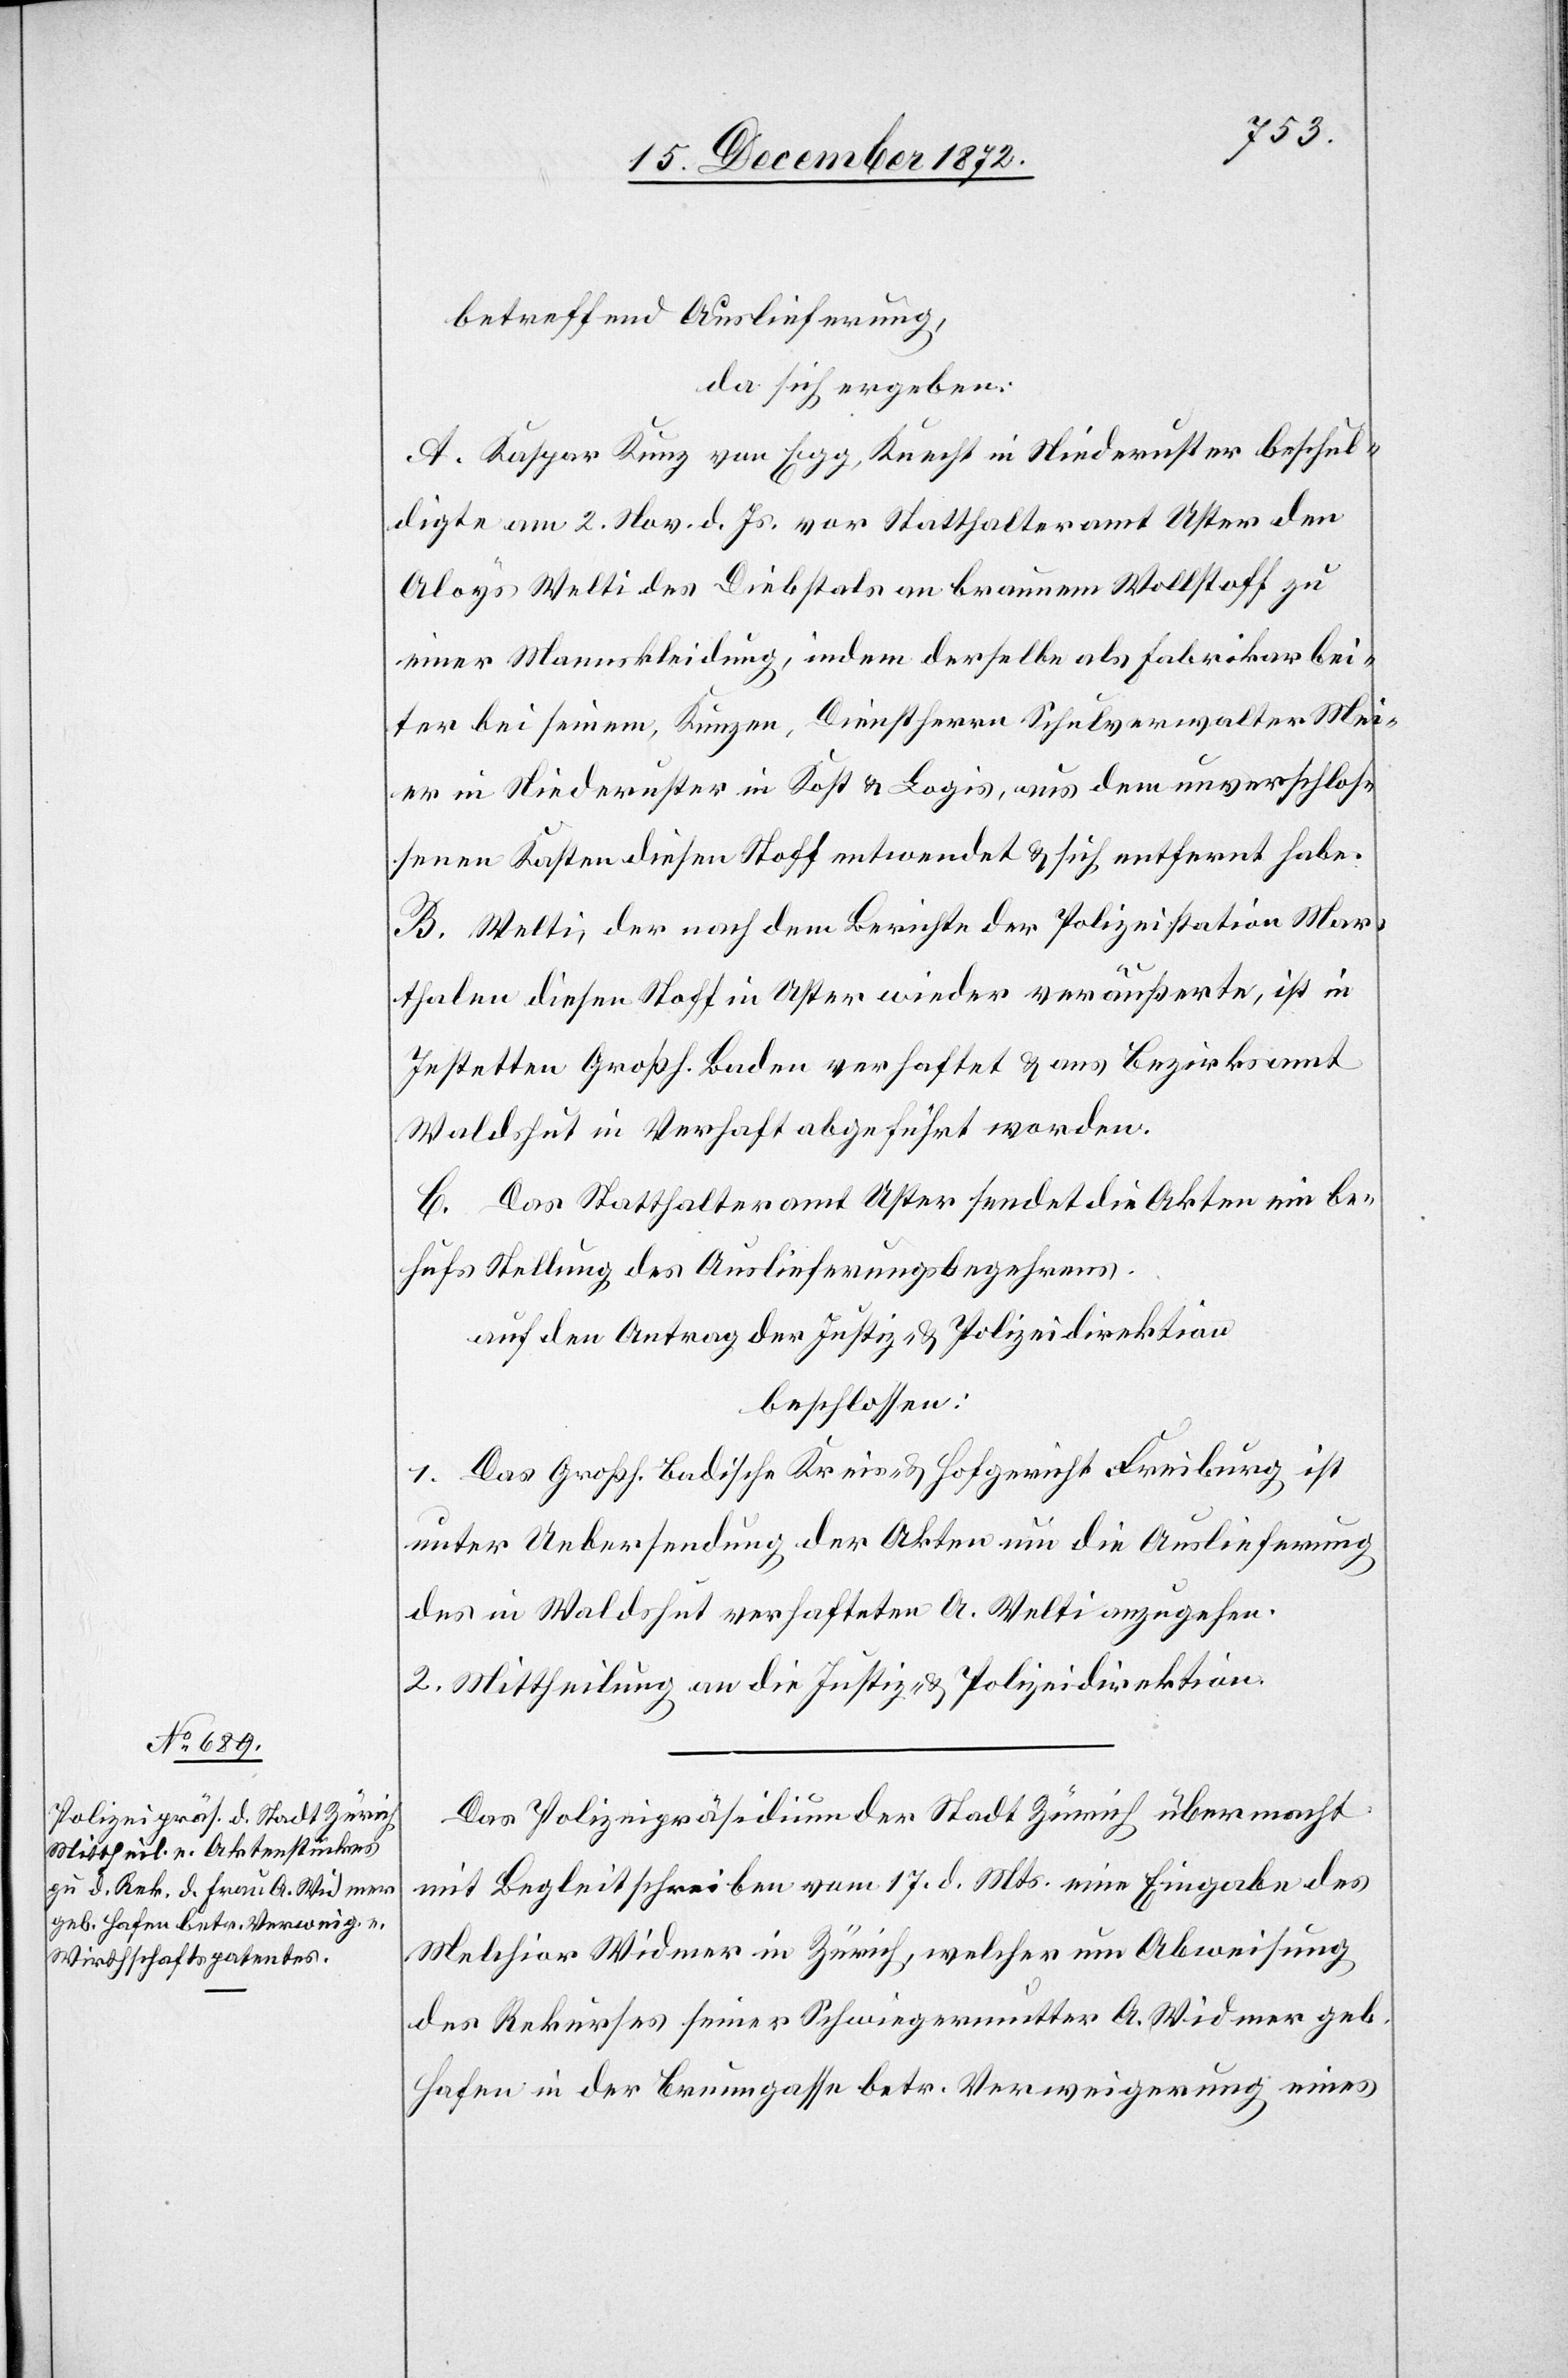
19. December 1872.]
betreffend Auslieferung,
da sich ergeben:
A. Kaspar Kunz von Egg, Knecht in Niederuster beschul¬
digte am 2. Nov. d. Js. vor Statthalteramt Uster den
Aloys Welti des Diebstals an braunem Wollstoff zu
einer Mannskleidung, indem derselbe als Fabrikarbei¬
ter bei seinem, Kunzen, Dienstherrn Schulverwalter Mei¬
er in Niederuster in Kost u. Logis, aus dem unverschlos¬
senen Kosten diesen Stoff entwendet u. sich entfernt habe.
B. Welti, der nach dem Berichte der Polizeistation Mar¬
thalen diesen Stoff in Uster wieder veräußerte, ist in
Jestetten Großh. Baden verhaftet u. aus Bezirksamt
Waldshut in Verhaft abgeführt worden.
C. Das Statthalteramt Uster sendet die Akten ein be¬
hufs Stellung des Auslieferungsbegehrens.
auf den Antrag der Justiz- u. Polizeidirektion
beschlossen:
1. Das Großh. badische Kreis- u. Hofgericht Freiburg ist
unter Uebersendung der Akten um die Auslieferung
des in Waldshut verhafteten A. Welti anzugehen.
2. Mittheilung an die Justiz- u. Polizeidirektion.
Das Polizeipräsidium der Stadt Zürich übermacht
mit Begleitschreiben vom 17. d. Mts. eine Eingabe des
Melchior Widmer in Zürich, welcher um Abweisung
des Rekurses seiner Schwiegermutter A. Widmer geb.
Hafen in der Brunngasse betr. Verweigerung eines